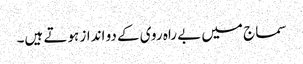
سماج میں بے راہ روی کے دو انداز ہوتے ہیں۔